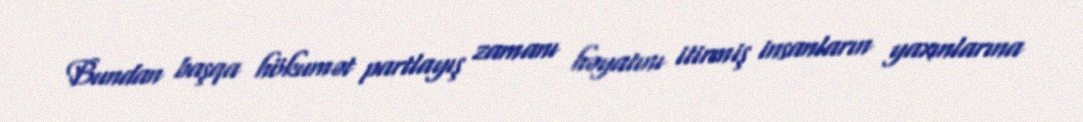
Bundan başqa hökumət partlayış zamanı həyatını itirmiş insanların yaxınlarına